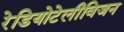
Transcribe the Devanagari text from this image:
रेडियोटेलीविजन